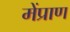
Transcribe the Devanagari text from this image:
मेंप्राण